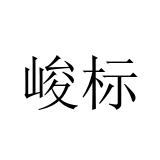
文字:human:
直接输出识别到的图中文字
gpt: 峻标